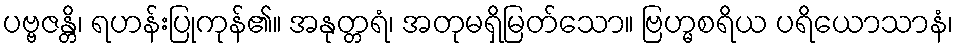
ပဗ္ဗဇန္တိ၊ ရဟန်းပြုကုန်၏။ အနုတ္တရံ၊ အတုမရှိမြတ်သော။ ဗြဟ္မစရိယ ပရိယောသာနံ၊